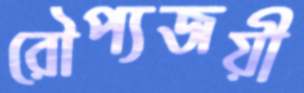
রৌপ্যজয়ী